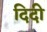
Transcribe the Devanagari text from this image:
दिदी